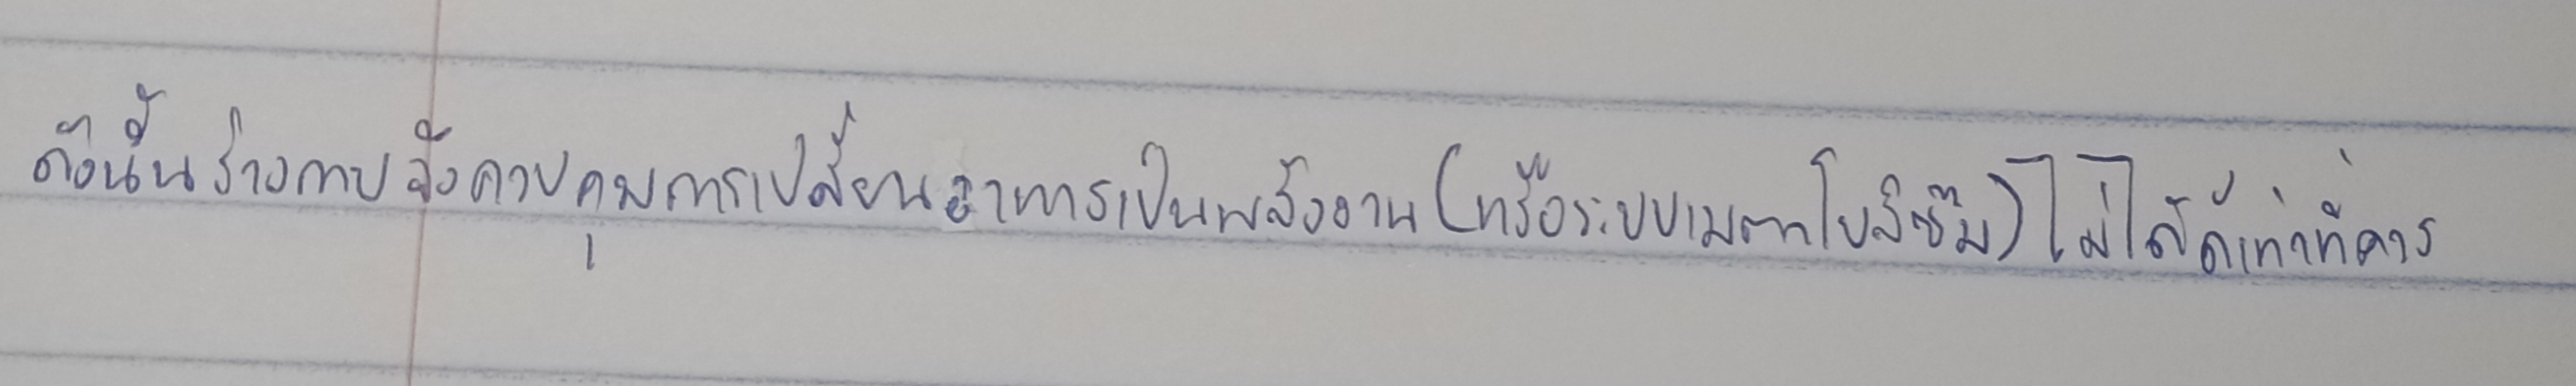
ดังนั้นร่างกายจึงควบคุมการเปลี่ยนอาหารเป็นพลังงาน(หรือระบบเมตาโบลิซึม)ไม่ได้ดีเท่าที่ควร